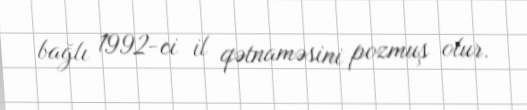
bağlı 1992-ci il qətnaməsini pozmuş olur.